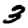
Digit: 3